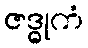
ဇဒ္ဓုကံ